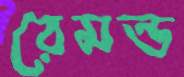
রেমন্ড